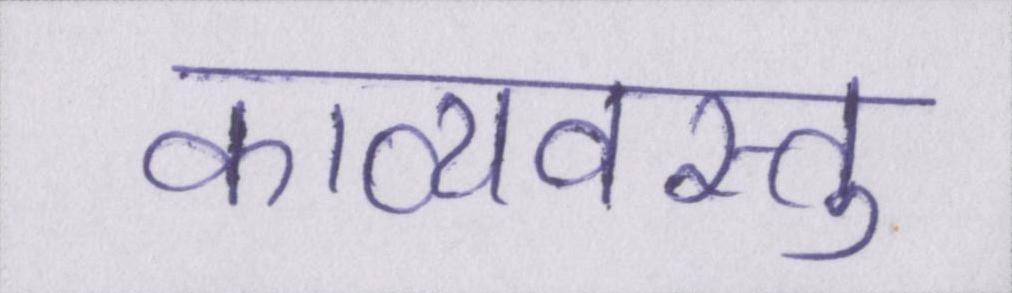
काव्यवस्तु